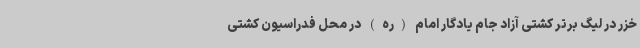
خزر در لیگ برتر کشتی آزاد جام یادگار امام (ره) در محل فدراسیون کشتی